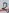
Text: 2